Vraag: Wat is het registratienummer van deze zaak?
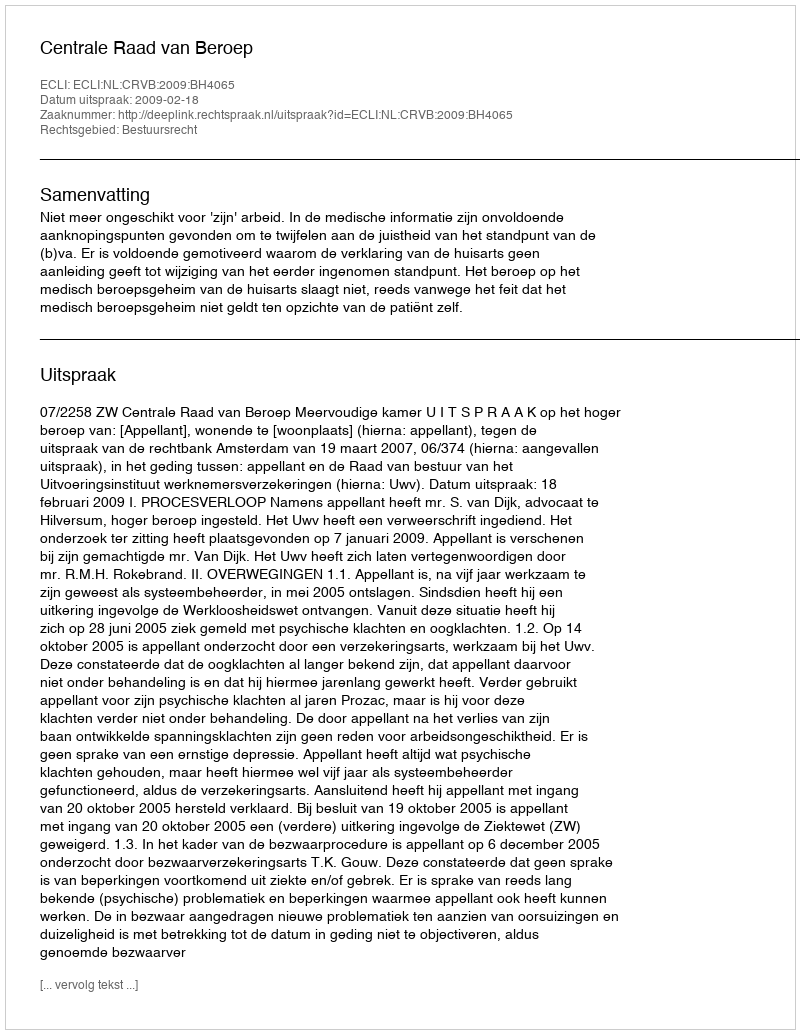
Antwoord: http://deeplink.rechtspraak.nl/uitspraak?id=ECLI:NL:CRVB:2009:BH4065